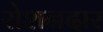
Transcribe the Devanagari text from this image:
रोशनदार